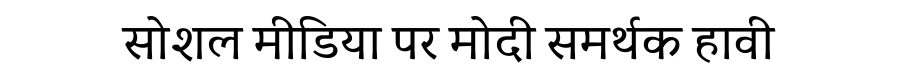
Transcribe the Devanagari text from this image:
सोशल मीडिया पर मोदी समर्थक हावी